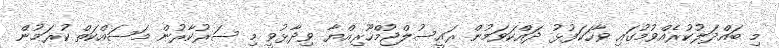
މި ބައްދަލުކުރެއްވުމުގައި ވާހަކަފުޅު ދައްކަވަމުން ރައީސުލްޖުމްހޫރިއްޔާ ވިދާޅުވީ މި ސަރުކާރުން މަސައްކަތް ކުރަމުން